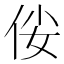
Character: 𠈤